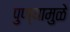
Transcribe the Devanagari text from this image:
पुण्यामुळे